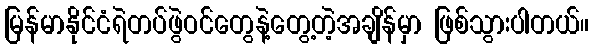
မြန်မာနိုင်ငံရဲတပ်ဖွဲဝင်တွေနဲ့တွေ့တဲ့အချိန်မှာ ဖြစ်သွားပါတယ်။